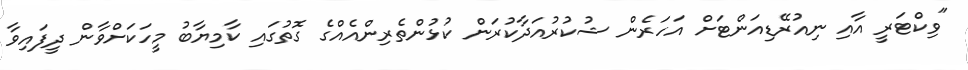
"ވިކްޓަރީ އާއި ނިއުރޭޑިއަންޓަށް އަހަރެން ޝުކުރުއަދާކުރަން ކުޅުންތެރިންއެއްގެ ގޮތުގައި ކާމިޔާބު މީހަކަށްވާން ދީފައިވާ